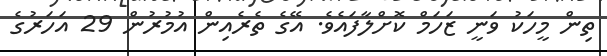
ތިން މީހަކު ވަނީ ޒަހަމް ކޮށްލާފައެވެ. އޭގެ ތެރެއިން އުމުރުން 29 އަހަރުގެ